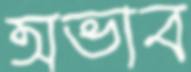
অভাব